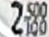
2.500